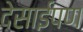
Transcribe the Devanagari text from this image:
देसाईपण